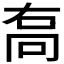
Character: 𠳮